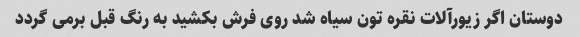
دوستان اگر زیورآلات نقره تون سیاه شد روی فرش بکشید به رنگ قبل برمی گردد